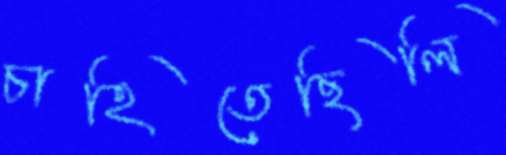
চাহিতেছিলি